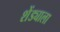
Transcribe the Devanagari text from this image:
शेंड्याला